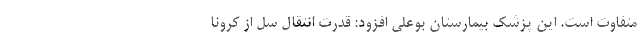
متفاوت است. این پزشک بیمارستان بوعلی افزود: قدرت انتقال سل از کرونا